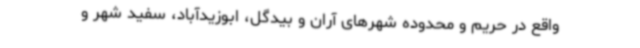
واقع در حریم و محدوده شهرهای آران و بیدگل، ابوزیدآباد، سفید شهر و